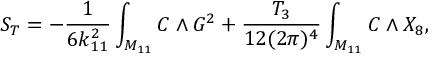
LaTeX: S _ { T } = - { \frac { 1 } { 6 k _ { 1 1 } ^ { 2 } } } \int _ { M _ { 1 1 } } C \wedge G ^ { 2 } + { \frac { T _ { 3 } } { 1 2 ( 2 \pi ) ^ { 4 } } } \int _ { M _ { 1 1 } } C \wedge X _ { 8 } ,